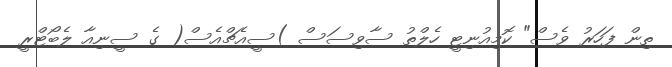
ތިން ފަހަރު ވެސް" ކޮމިއުނިޓީ ހެލްތު ސާވިސަސް )ސީއެޗްއެސް( ގެ ސީނިއާ ލެބޯޓްރީ